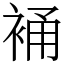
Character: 𧚔